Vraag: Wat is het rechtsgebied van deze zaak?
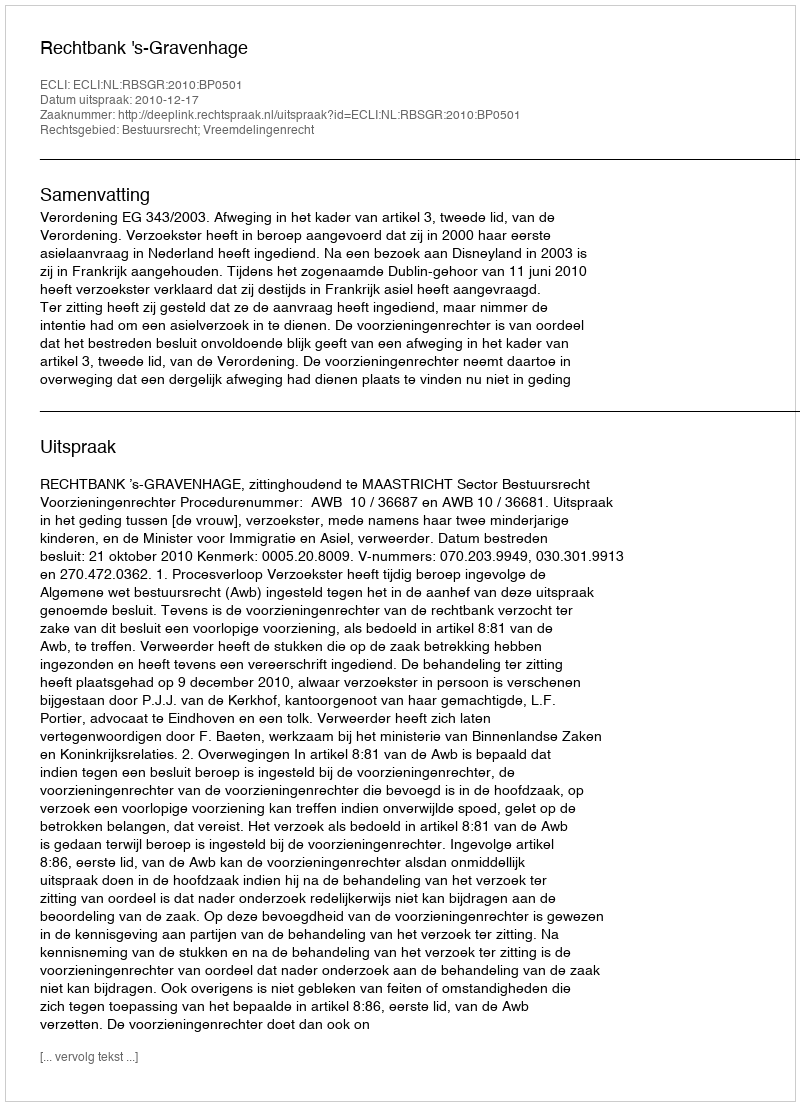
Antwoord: Bestuursrecht; Vreemdelingenrecht